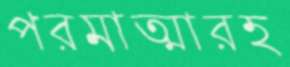
পরমাত্মারহ